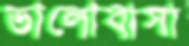
ভালোবাসা